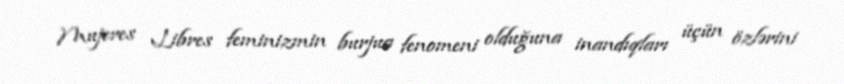
Mujeres Libres feminizmin burjua fenomeni olduğuna inandıqları üçün özlərini